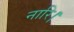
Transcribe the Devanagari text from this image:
नारि।